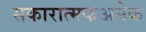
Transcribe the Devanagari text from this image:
सकारात्मकअनेक